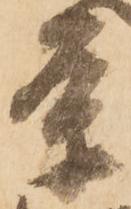
条